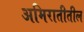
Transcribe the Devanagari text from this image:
अमिरातीतील